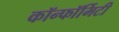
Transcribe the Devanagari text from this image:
कॉन्फॉर्मिटी